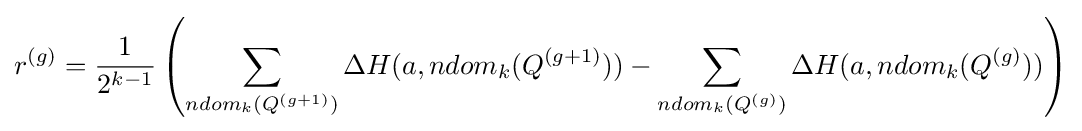
r^{(g)}={\frac {1}{2^{k-1}}}\left(\sum _{ndom_{k}(Q^{(g+1)})}\Delta {H}(a,ndom_{k}(Q^{(g+1)}))-\sum _{ndom_{k}(Q^{(g)})}\Delta {H}(a,ndom_{k}(Q^{(g)}))\right)